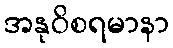
အနုဝိစရမာနာ